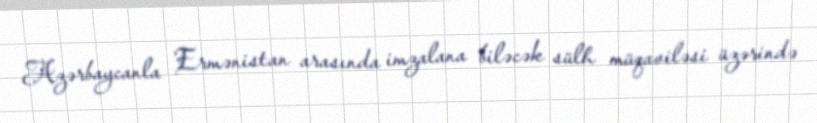
Azərbaycanla Ermənistan arasında imzalana biləcək sülh müqaviləsi üzərində